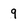
Character: 9